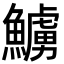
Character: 䲐